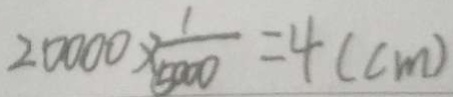
2 0 0 0 0 \times \frac { 1 } { 5 0 0 0 } = 4 ( c m )